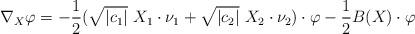
LaTeX: \begin{align*}\nabla_X \varphi = -\frac{1}{2} (\sqrt{|c_1|}\ X_1 \cdot \nu_1 + \sqrt{|c_2|}\ X_2 \cdot \nu_2)\cdot\varphi - \frac{1}{2}B(X)\cdot \varphi\end{align*}